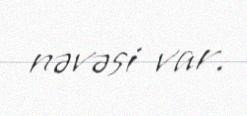
nəvəsi var.